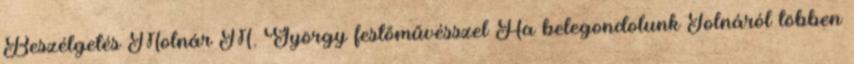
Beszélgetés Molnár M. György festőművésszel Ha belegondolunk Tolnáról többen